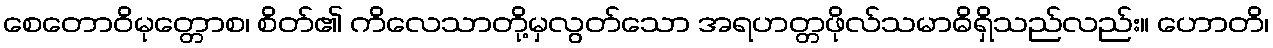
စေတောဝိမုတ္တောစ၊ စိတ်၏ ကိလေသာတို့မှလွတ်သော အရဟတ္တဖိုလ်သမာဓိရှိသည်လည်း။ ဟောတိ၊